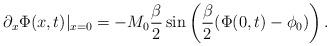
LaTeX: \begin{align*}\partial_x\Phi(x,t)\vert_{x=0}=-M_0\frac{\beta}{2}\sin\left(\frac{\beta}{2}(\Phi(0,t)-\phi_0)\right).\end{align*}